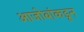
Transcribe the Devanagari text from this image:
आजोबांकडून